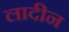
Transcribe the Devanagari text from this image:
लादीन